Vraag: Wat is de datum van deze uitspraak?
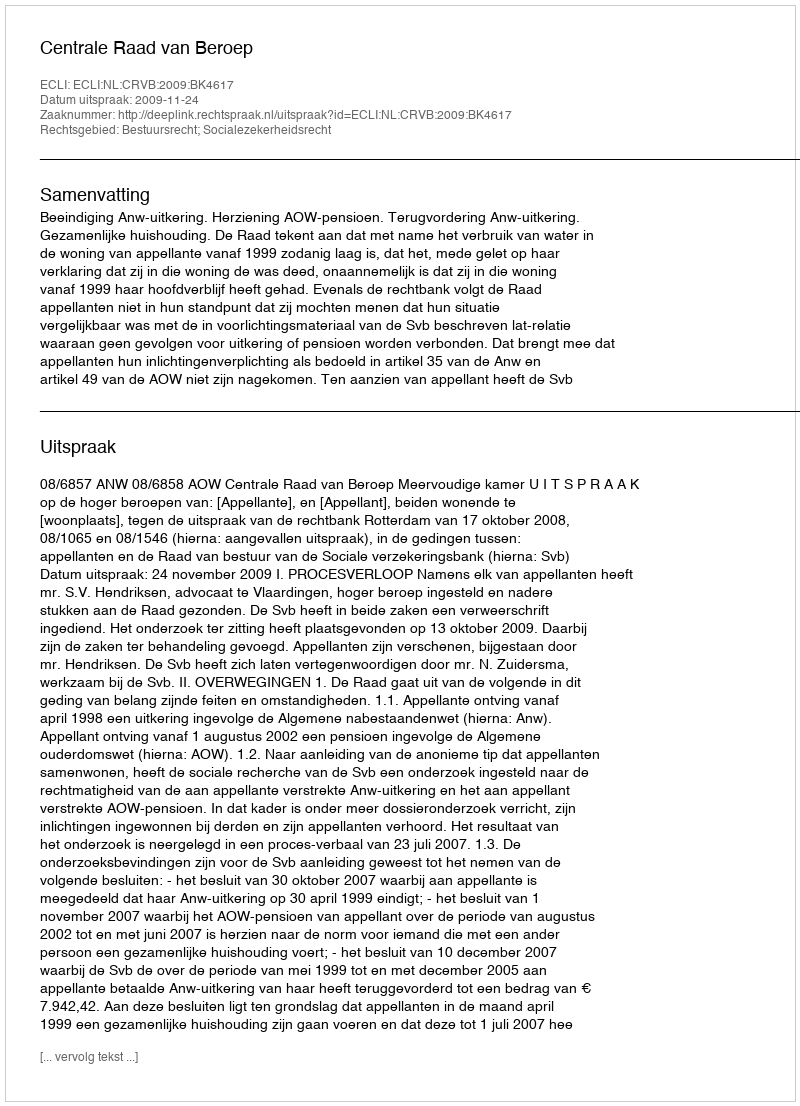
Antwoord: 2009-11-24